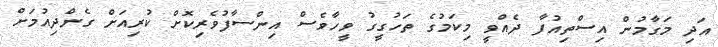
އަދި މަގާމުން އިސްތިއުފާ ދެއްވީ މިކަމުގެ ތަހުގީގު ވީހާވެސް އިންސާފުވެރިކޮށް ކުރިއަށް ގެންދިއުމަށް